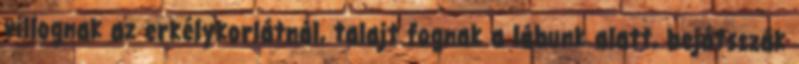
villognak az erkélykorlátnál, talajt fognak a lábunk alatt, bejátsszák